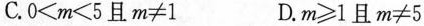
C.0<m<5且m≠1 D.m≥1且m≠5